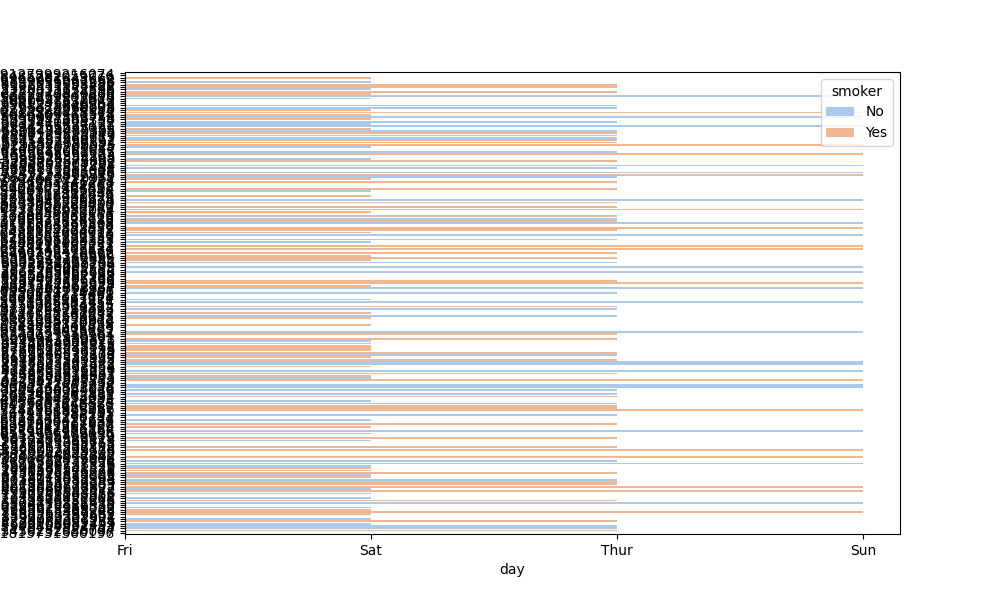
python, seaborn, barplot, hue='smoker', palette='pastel', ci=95, orient='h'